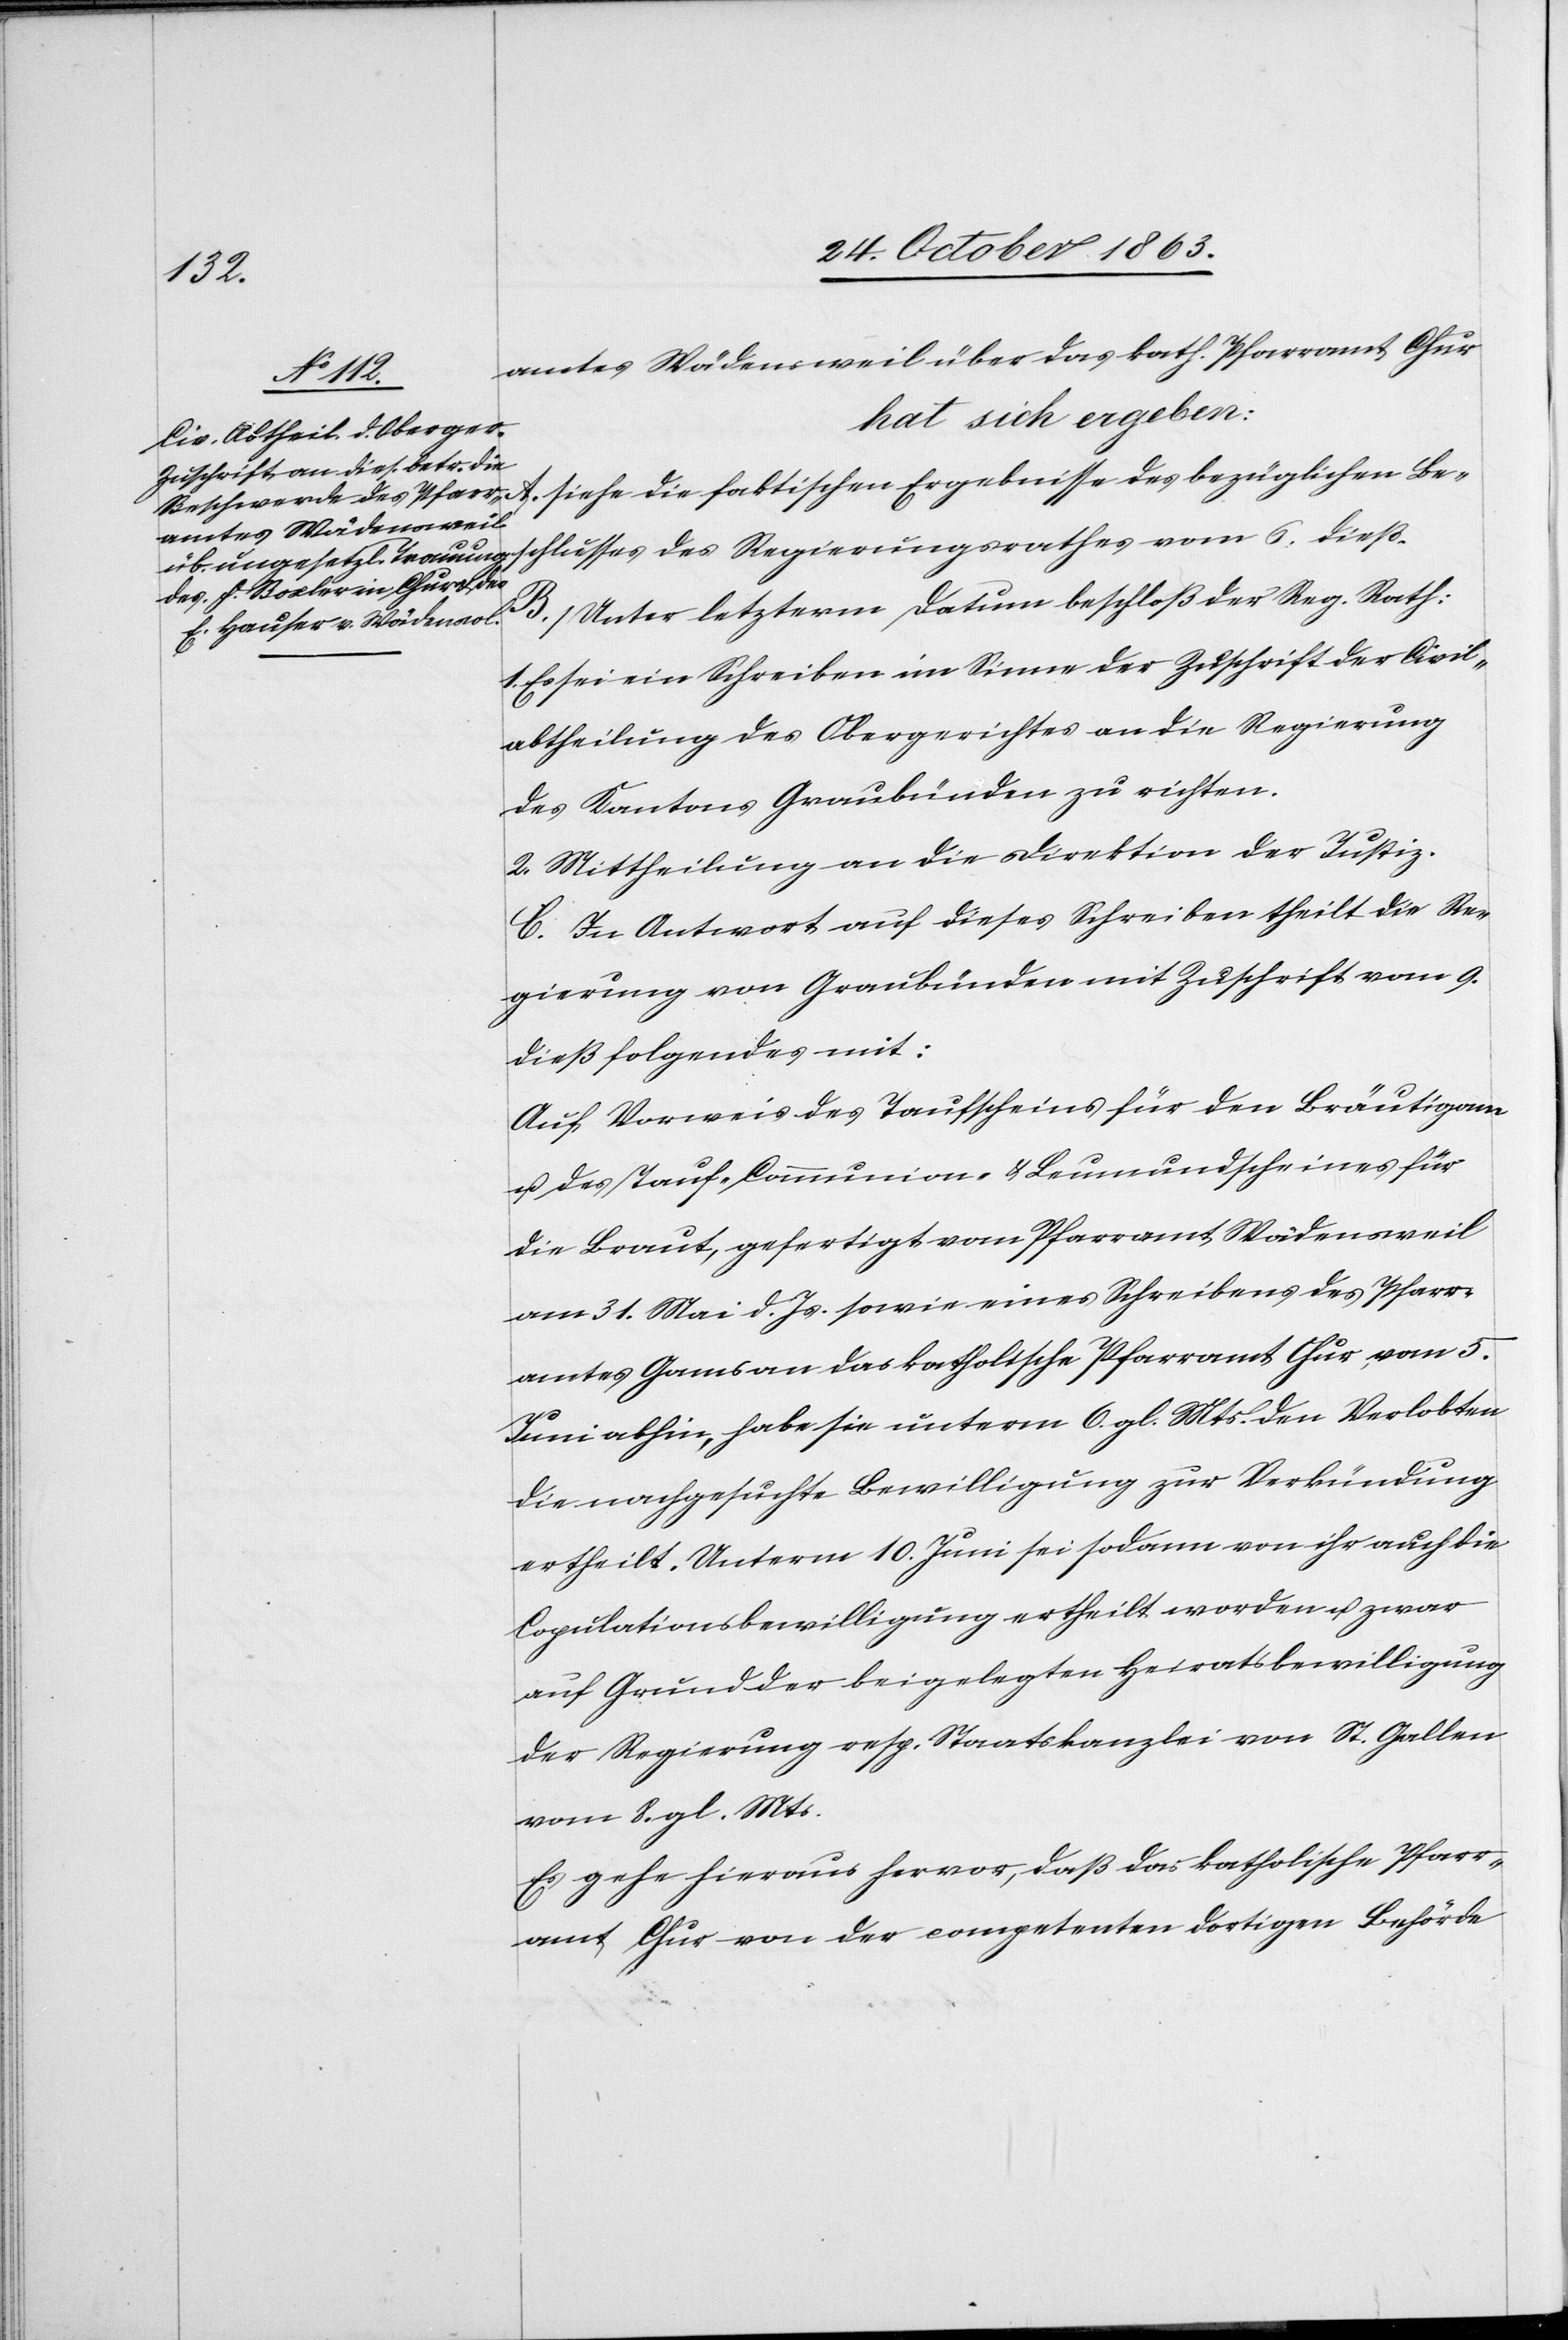
Be¬
amtes Wädensweil über das kath. Pfarramt Chur
hat sich ergeben:
schlusses des Regierungsrathes vom 6. dieß.
B. Unter letzterm Datum beschloß der Reg. Rath:
1. Es sei ein Schreiben im Sinne der Zuschrift der Civil¬
abtheilung des Obergerichtes an die Regierung
des Kantons Graubünden zu richten.
2. Mittheilung an die Direktion der Justiz.
C. In Antwort auf dieses Schreiben theilt die Re¬
gierung von Graubünden mit Zuschrift vom 9.
dieß folgendes mit:
Auf Vorweis des Taufscheins für den Bräutigam
u. des Tauf-[,] Communion- & Leumundscheines für
Braut, gefertigt vom Pfarramt Wädensweil
am 31. Mai d. Js. sowie eines Schreibens des Pfarr¬
amtes Gams an das katholische Pfarramt Chur, vom 5.
A.
Juni abhin, habe sie unterm 6. gl. Mts. den Verlobten
die nachgesuchte Bewilligung zur Verkündung
ertheilt. Unterm 10. Juni sei sodann von ihr auch die
Copulationsbewilligung ertheilt worden u. zwar
auf Grund der beigelegten Heiratsbewilligung
der Regierung resp. Staatskanzlei von St. Gallen
vom 8. gl. Mts.
Es gehe hieraus hervor, daß das katholische Pfarr¬
amt Chur von der competenten dortigen Behörde